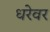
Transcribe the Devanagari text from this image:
धरेवर